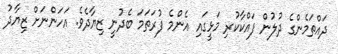
ދައްތަމެންގެ ދުލުން ފައްކާކުރި މަޅީގައި އެންމެ ފުރަތަމަ ބެދުނީ ޒިޔާދެވެ. އަހަންނަށް ޒިޔާދު